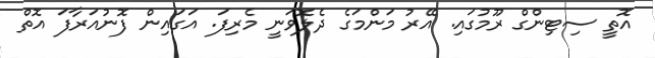
އޮތީ ސިޓިންގް ރޫމުގައި. އޭރު މަންމަގެ ދެލޮވަނީ މެރިފަ. އަގައިން ފޮނުއަރާފަ އޮތް